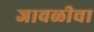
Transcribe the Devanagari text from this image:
जावळीचा